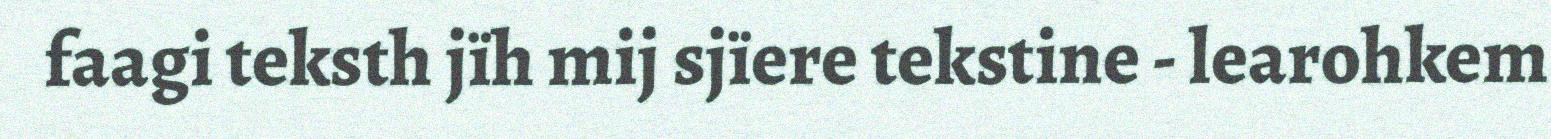
faagi teksth jïh mij sjïere tekstine - learohkem